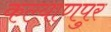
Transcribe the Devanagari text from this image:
कल्‍याणपुर